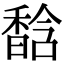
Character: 馠